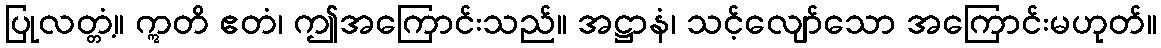
ပြုလတ္တံ့။ ဣတိ ဧတံ၊ ဤအကြောင်းသည်။ အဋ္ဌာနံ၊ သင့်လျော်သော အကြောင်းမဟုတ်။